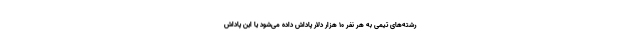
رشته‌های تیمی به هر نفر 10 هزار دلار پاداش داده می‌شود یا این پاداش